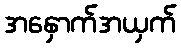
အနှောက်အယှက်